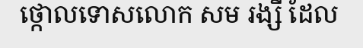
ថ្កោលទោសលោក សម រង្សី ដែល